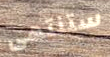
ستنتهى